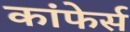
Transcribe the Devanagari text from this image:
कांफेर्स